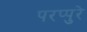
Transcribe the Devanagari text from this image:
परप्पुरे